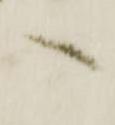
へ